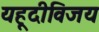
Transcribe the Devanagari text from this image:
यहूदीविजय